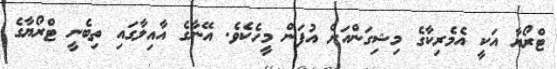
ޓްރޯޔާ އަކީ އެމެރިކާގެ މިޝިގަންއަށް އުފަން މީހެކެވެ. އޭނާގެ އާއިލާގައި ތިބެނީ ޓްރޯޔާގެ